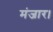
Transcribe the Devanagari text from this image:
मंजार।